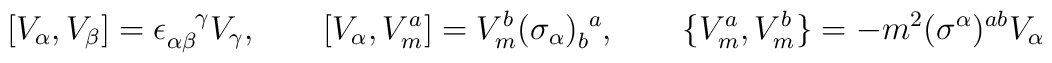
[ V_\alpha, V_\beta ] = \epsilon_{\alpha\beta}^{~~~\!\gamma} V_\gamma,\qquad[ V_\alpha, V_m^a ] = V_m^b (\sigma_\alpha)_b^{~a},\qquad\{ V_m^a, V_m^b \} = - m^2 (\sigma^\alpha)^{ab} V_\alpha